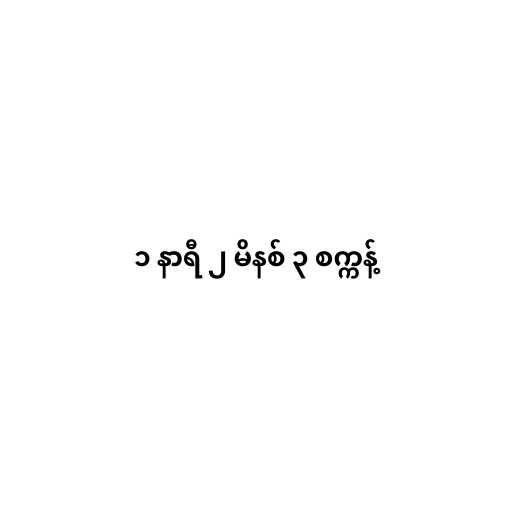
၁ နာရီ ၂ မိနစ် ၃ စက္ကန့်